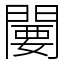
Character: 闄